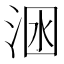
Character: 𣴺